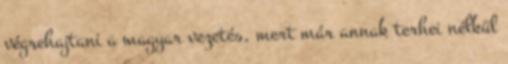
végrehajtani a magyar vezetés, mert már annak terhei nélkül